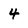
Character: 4